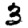
Digit: 3